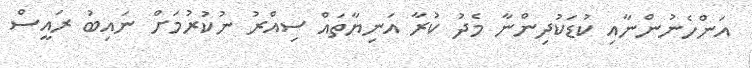
އަންހެނުންނާއި ކުޑަކުދިންނާ މެދު ކުރާ އަނިޔާތައް ސިއްރު ނުކުރުމަށް ނައިބު ރައީސް